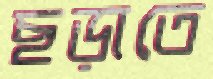
ছড়াতে